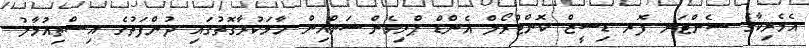
އެމެރިކާގެ ސެންޓަރ ފޮރ ޑިސީޒް ކޮންޓްރޯލް އެންޑް ޕްރިވެންޝަންއިން ހާމަކުރާގޮތުގައި ދުންފަތުގެ އިސްތިއުމާލު